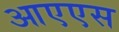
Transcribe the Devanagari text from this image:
आएएस